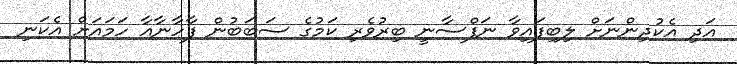
އަދި އެކުދިންނަށް ލިބިފައިވާ ނަފްސާނީ ބިރުވެރި ކަމުގެ ސަބަބުން ފާހާނާއާ ހަމައަށް އެކަނި